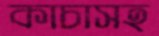
কাচাসহ